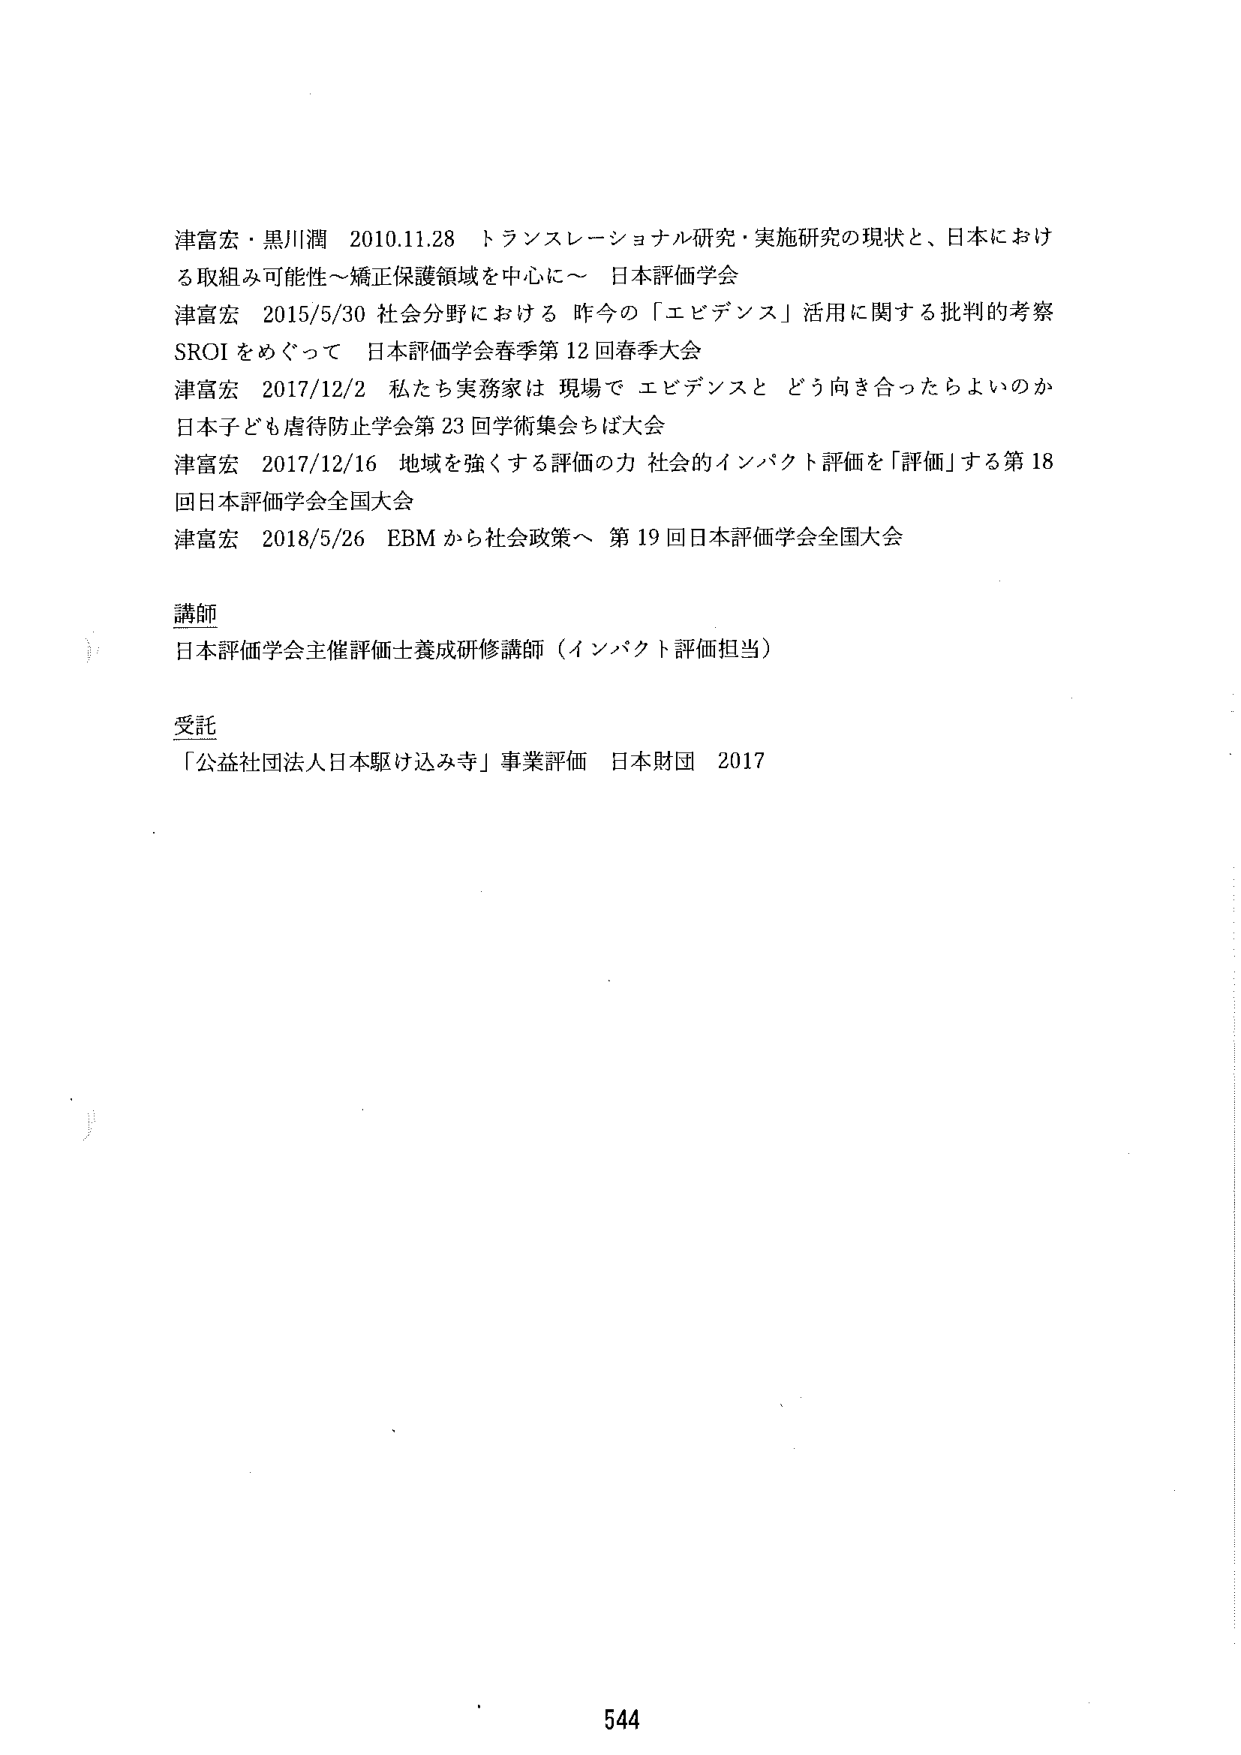
津富宏・黒川潤 2010.11.28 トランスレーショナル研究・実施研究の現状と、日本における取組み可能性～矯正保護領域を中心に～ 日本評価学会
津富宏 2015/5/30 社会分野における 昨今の「エビデンス」活用に関する批判的考察 SROI をめぐって 日本評価学会春季第 12 回春季大会
津富宏 2017/12/2 私たち実務家は 現場で エビデンスと どう向き合ったらよいのか 日本子ども虐待防止学会第 23 回学術集会ちば大会
津富宏 2017/12/16 地域を強くする評価の力 社会的インパクト評価を「評価」する第 18 回日本評価学会全国大会
津富宏 2018/5/26 EBM から社会政策へ 第 19 回日本評価学会全国大会

講師
日本評価学会主催評価士養成研修講師（インパクト評価担当）

受託
「公益社団法人日本駆け込み寺」事業評価 日本財団 2017

544